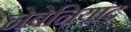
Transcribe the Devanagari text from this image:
नेबेनियांद